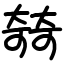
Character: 㚡